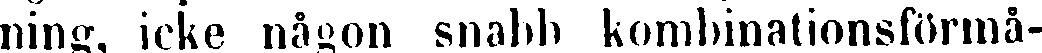
ning, icke någon snabb kombinationsförmå-